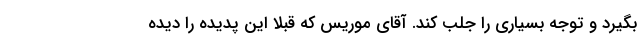
بگیرد و توجه بسیاری را جلب کند. آقای موریس که قبلا این پدیده را دیده